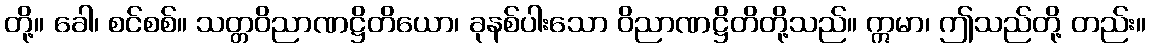
တို့။ ခေါ၊ စင်စစ်။ သတ္တဝိညာဏဋ္ဌိတိယော၊ ခုနစ်ပါးသော ဝိညာဏဋ္ဌိတိတို့သည်။ ဣမာ၊ ဤသည်တို့ တည်း။